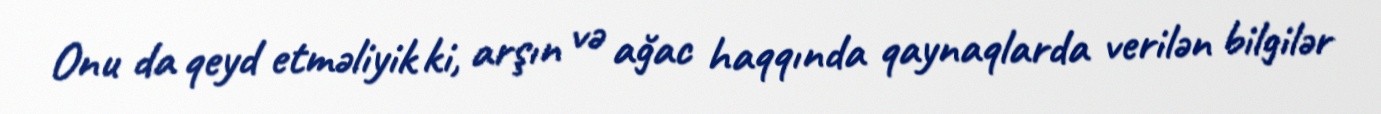
Onu da qeyd etməliyik ki, arşın və ağac haqqında qaynaqlarda verilən bilgilər